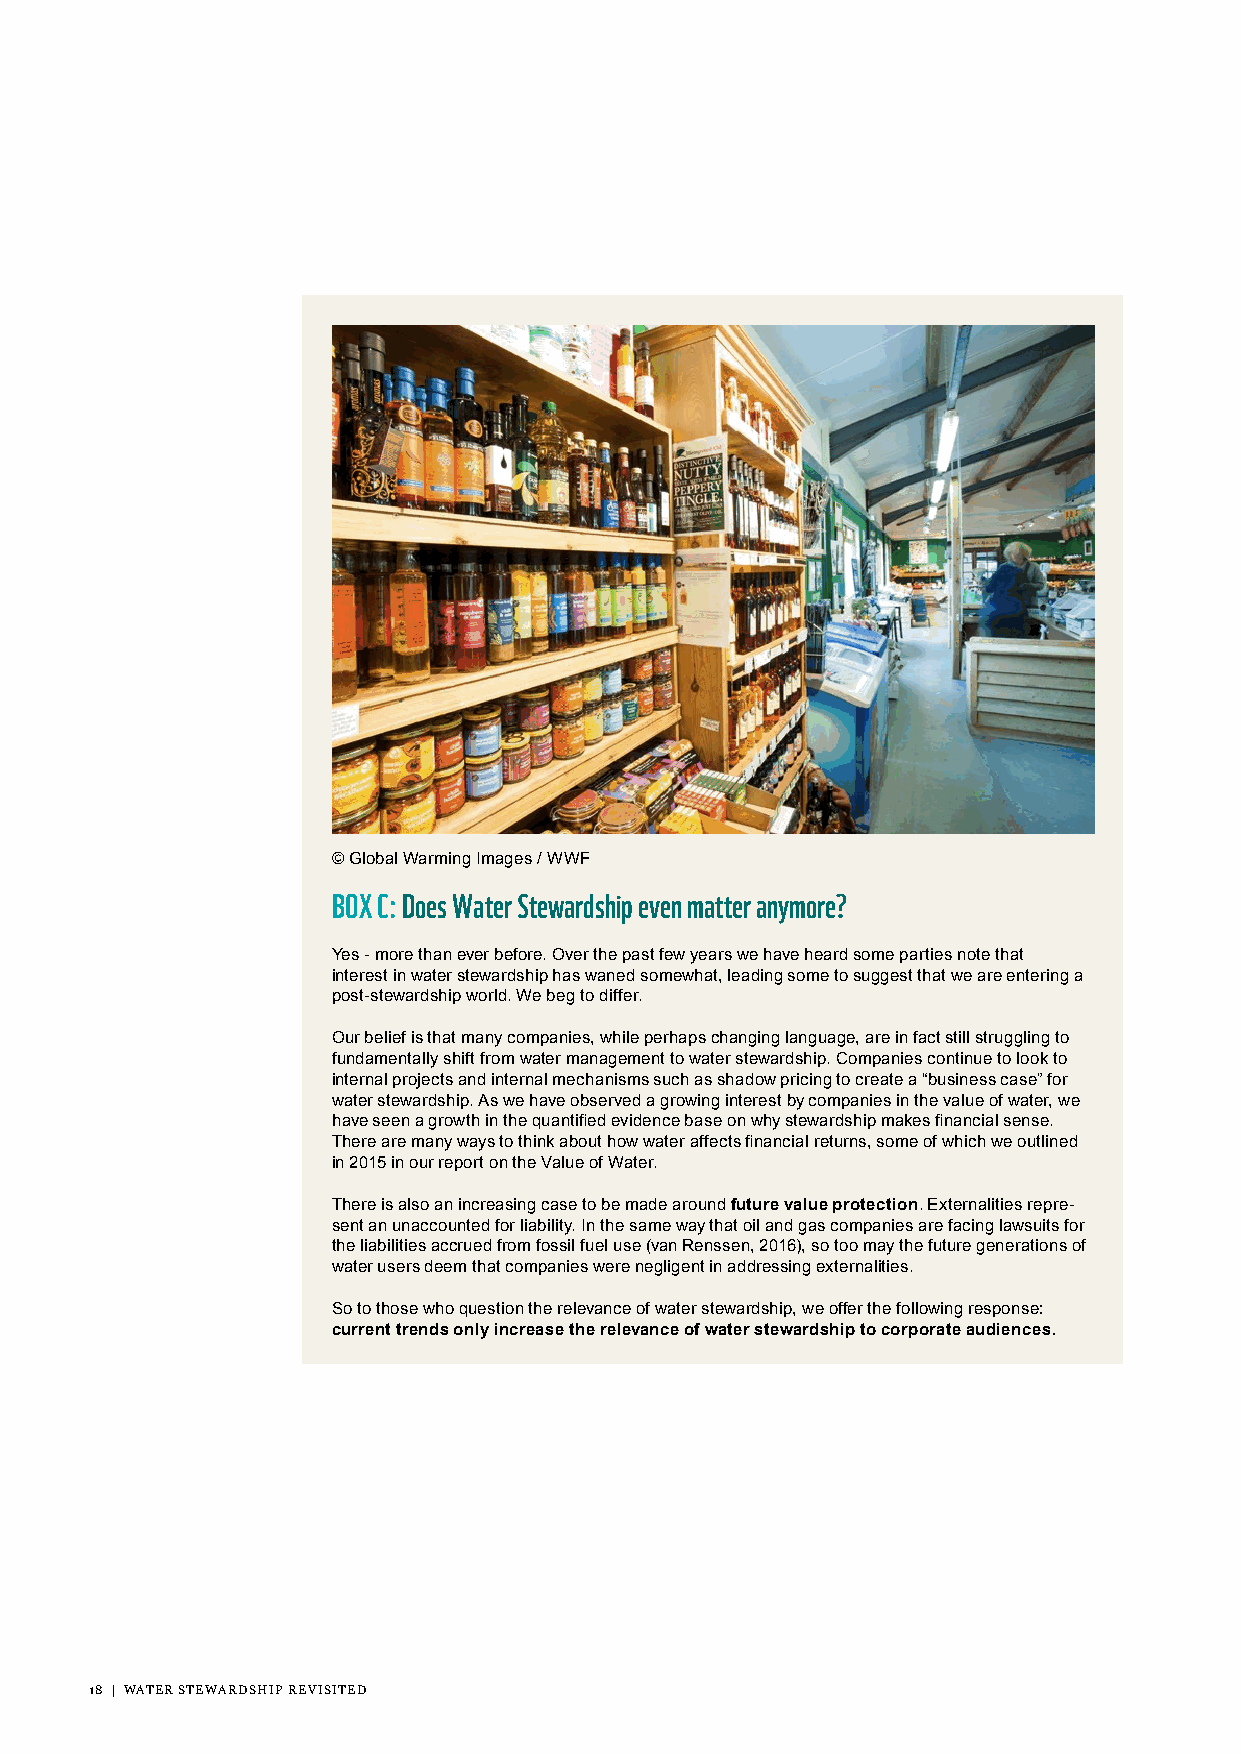
© Global Warming Images / WWF
 BOX C: Does Water Stewardship even matter anymore?
 Yes - more than ever before. Over the past few years we have heard some parties note that
 interest in water stewardship has waned somewhat, leading some to suggest that we are entering a
 post-stewardship world. We beg to differ.
 Our belief is that many companies, while perhaps changing language, are in fact still struggling to
 fundamentally shift from water management to water stewardship. Companies continue to look to
 internal projects and internal mechanisms such as shadow pricing to create a “business case” for
 water stewardship. As we have observed a growing interest by companies in the value of water, we
 have seen a growth in the quantified evidence base on why stewardship makes financial sense.
 There are many ways to think about how water affects financial returns, some of which we outlined
 in 2015 in our report on the Value of Water.
 There is also an increasing case to be made around future value protection. Externalities repre-
 sent an unaccounted for liability. In the same way that oil and gas companies are facing lawsuits for
 the liabilities accrued from fossil fuel use (van Renssen, 2016), so too may the future generations of
 water users deem that companies were negligent in addressing externalities.
 So to those who question the relevance of water stewardship, we offer the following response:
 current trends only increase the relevance of water stewardship to corporate audiences.
 18 | WATER STEWARDSHIP REVISITED